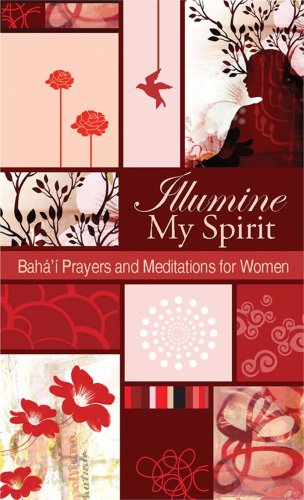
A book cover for Illumine My Spirit: Baha'i Prayers and Meditations for Women; Religion & Spirituality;